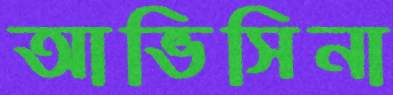
আভিসিনা